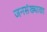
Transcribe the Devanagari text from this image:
जनसंख्याका